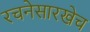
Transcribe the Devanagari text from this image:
रचनेसारखेच